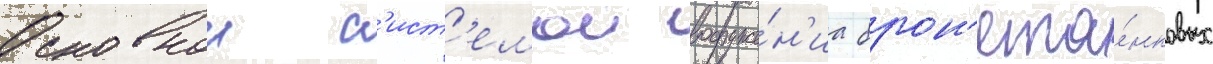
Основнои с'ист'емои вооруже́н'иа брон'ета́нковых